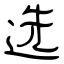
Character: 选